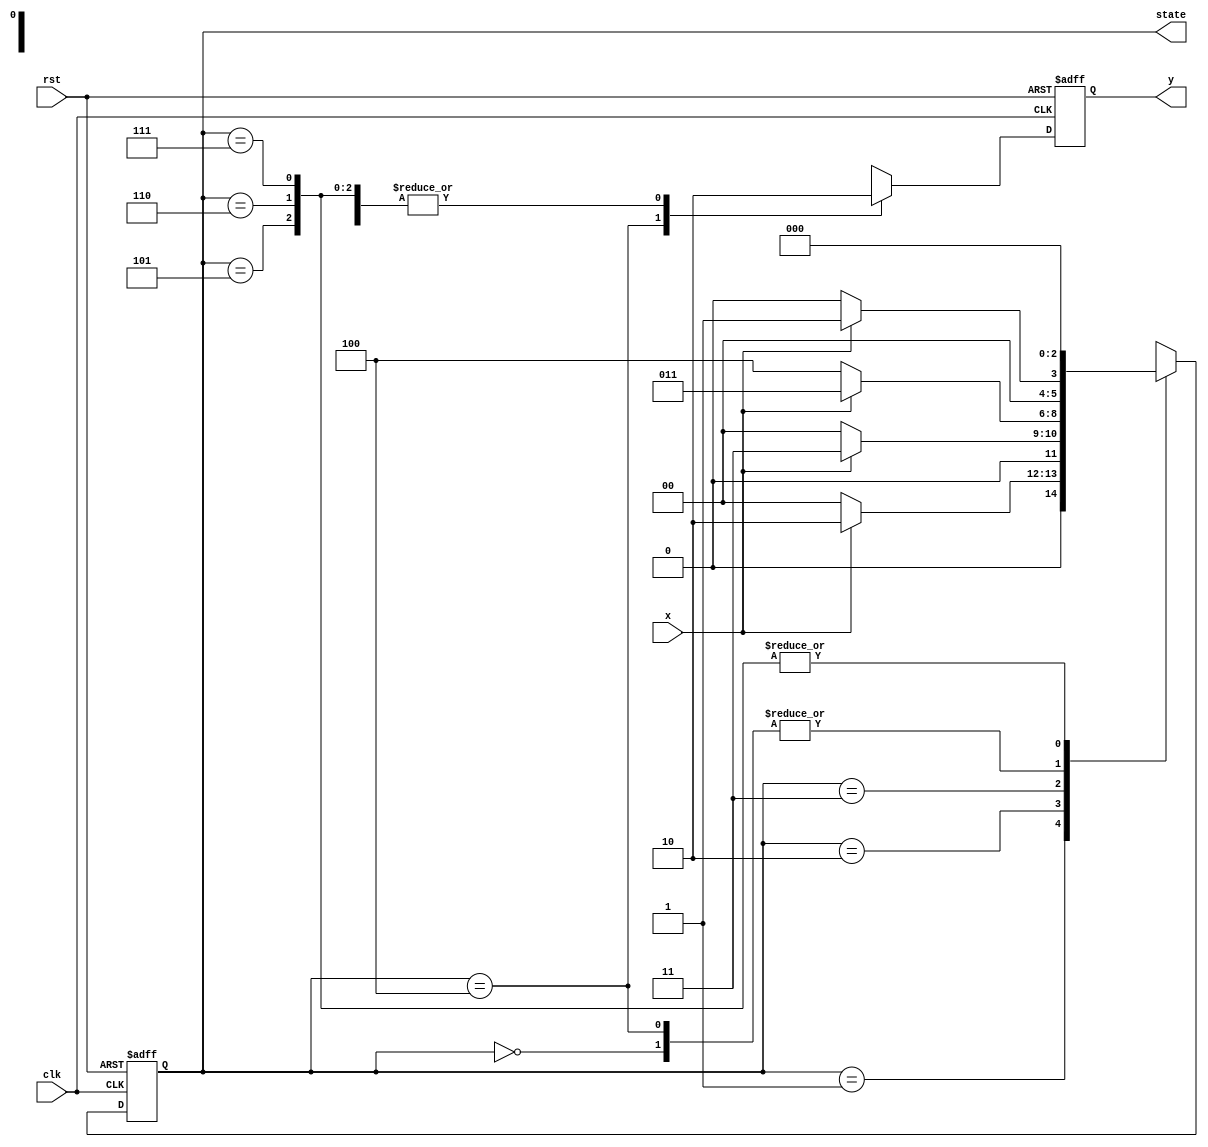
module moore_fsm (x, y, clk, rst, state);
	input x, clk, rst;
	output y; 
	output [2:0] state;
	reg y;
	reg [2:0] state;
	parameter S0 = 3'b000, S1 = 3'b001, S2 =3'b010, S3 = 3'b011,S4= 3'b100,S5= 3'b101,S6 = 3'b110,S7=3'b111;
always @ (posedge clk or posedge rst)
		if (rst) begin
			state = S0;
			y=0;
		end
		else
			case (state)
				S0: begin y = 0; if(x) state = S1; else state = S0;	end	
				S1: begin y=0 ; if(x) state = S2; else state = S0;end
				S2: begin y=0 ; if(x) state = S3; else state = S0;end
				S3: begin y=0 ; if(x) state = S3; else state = S4;end
				S4: begin
				        y = 1; 
				        if(x) state = S1; 
					    else state = S0;
				    end	
				S5: begin y=0; if(x) state = S0; else state = S0;end
				S6: begin y=0 ;if(x) state = S0; else state = S0;end
				S7: begin y=0;  if(x) state = S0; else state = S0;end
			endcase
endmodule